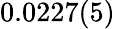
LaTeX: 0.0227(5)